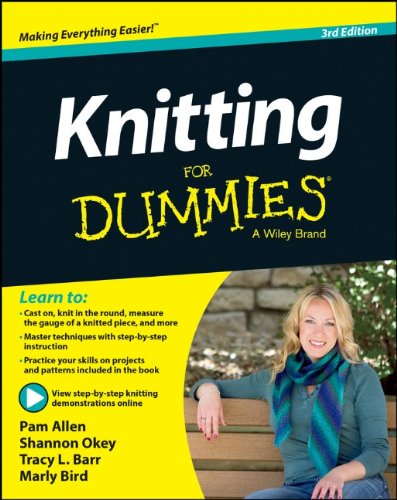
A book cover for Knitting For Dummies; Marly Bird; Crafts, Hobbies & Home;